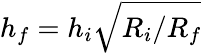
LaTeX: h_{f}=h_{i}\sqrt{R_{i}/R_{f}}